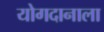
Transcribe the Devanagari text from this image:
योगदानाला